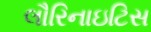
લૌરિનાઇટિસ